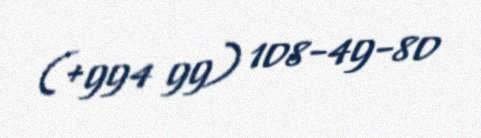
(+994 99) 108-49-80